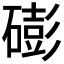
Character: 𥕱